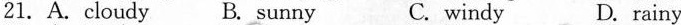
21. A. cloudy B. sunny C. windy D. rainy